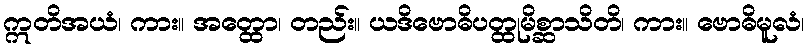
ဣတိအယံ၊ ကား။ အတ္ထော၊ တည်း။ ယဒိဗောဓိပတ္ထုမိစ္ဆာသိတိ၊ ကား။ ဗောဓိမူလံ၊